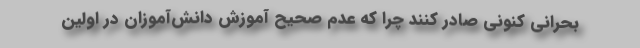
بحرانی کنونی صادر کنند چرا که عدم صحیح آموزش دانش‌آموزان در اولین